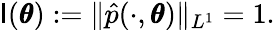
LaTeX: \mathsf{I}(\pmb\theta):=\| \hat{{p}}(\cdot,\pmb\theta)\| _{L^{1}}=1.